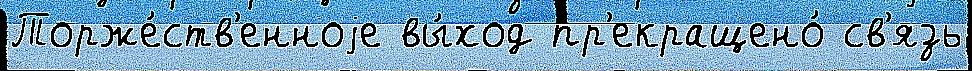
Торже́ств'енноjе вы́ход пр'екращено́ св'язь